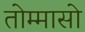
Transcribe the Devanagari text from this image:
तोम्मासो